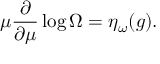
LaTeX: \mu \frac { \partial } { \partial \mu } \log \Omega = \eta _ { \omega } ( g ) .